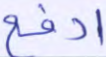
ادفع